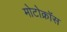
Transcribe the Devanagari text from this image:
मोटोक्राॅस